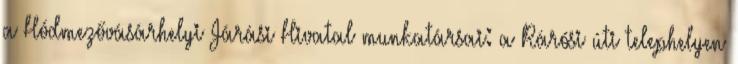
a Hódmezővásárhelyi Járási Hivatal munkatársai: a Rárósi úti telephelyen